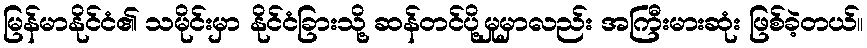
မြန်မာနိုင်ငံ၏ သမိုင်းမှာ နိုင်ငံခြားသို့ ဆန်တင်ပို့မှုမှာလည်း အကြီးမားဆုံး ဖြစ်ခဲ့တယ်။